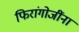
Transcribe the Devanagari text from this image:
फिरांगोजींना